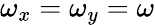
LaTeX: \omega_{x}=\omega_{y}=\omega